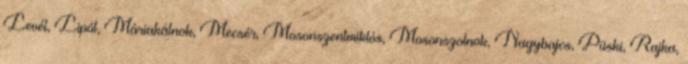
Levél, Lipót, Máriakálnok, Mecsér, Mosonszentmiklós, Mosonszolnok, Nagybajcs, Püski, Rajka,